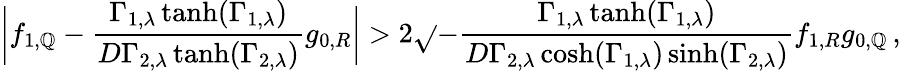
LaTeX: \bigg|f_{1,\mathbb{Q}}-\frac{{\Gamma_{1,\lambda}\operatorname{tanh}(\Gamma_{1,\lambda})}}{{D\Gamma_{2,\lambda}\operatorname{tanh}(\Gamma_{2,\lambda})}}g_{0,R}\bigg|>2\sqrt{}{{-\frac{{\Gamma_{1,\lambda}\operatorname{tanh}(\Gamma_{1,\lambda})}}{{D\Gamma_{2,\lambda}\cosh(\Gamma_{1,\lambda})\sinh(\Gamma_{2,\lambda})}}f_{1,R}g_{0,\mathbb{Q}}}}\, ,